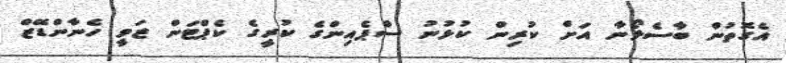
އެގޮތުން ބާސެލޯނާ އަށް ކުރިން ކުޅުނު ސްޕެއިންގެ ކުރީގެ ކެޕްޓަން ޒަވީ ހެނާންޑޭޒް